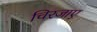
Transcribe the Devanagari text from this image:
चिरजाए